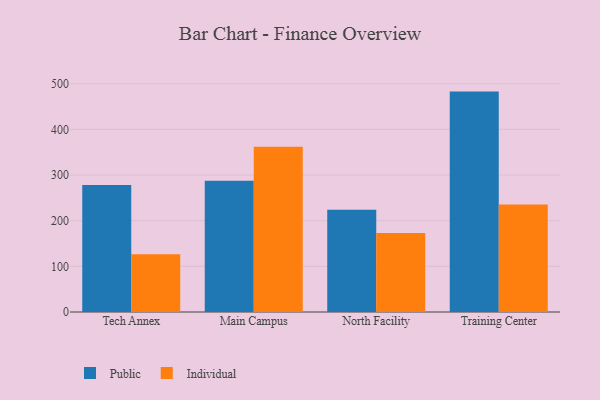
{"axis": {"x": "Campus", "y": "LTV (USD)"}, "legend": ["Individual", "Public"], "data": [{"x": "Tech Annex", "y": 278.1, "type": "Public"}, {"x": "Tech Annex", "y": 126.5, "type": "Individual"}, {"x": "Main Campus", "y": 287.3, "type": "Public"}, {"x": "Main Campus", "y": 362.1, "type": "Individual"}, {"x": "North Facility", "y": 223.9, "type": "Public"}, {"x": "North Facility", "y": 173.0, "type": "Individual"}, {"x": "Training Center", "y": 482.8, "type": "Public"}, {"x": "Training Center", "y": 235.5, "type": "Individual"}]}